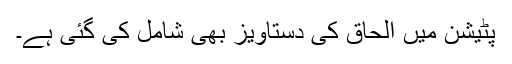
پٹیشن میں الحاق کی دستاویز بھی شامل کی گئی ہے۔